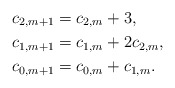
\begin{align*} c_{2,m+1}&=c_{2,m}+3,\\ c_{1,m+1}&=c_{1,m}+2c_{2,m},\\ c_{0,m+1}&=c_{0,m}+c_{1,m}.\end{align*}